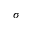
\sigma